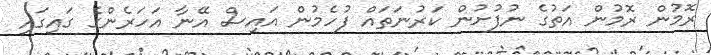
ރޮމުން ރޮމުން އަތުގެ ނުފުށުން ކަރުނަތައް ފުހެމުން އައިސް އޭނާ އަހަރެންގެ ގައިގައި